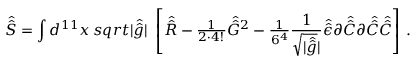
\hat { \hat { S } } = \int d ^ { 1 1 } x \, s q r t { | \hat { \hat { g } } | } \ \left[ \hat { \hat { R } } - { \textstyle \frac { 1 } { 2 \cdot 4 ! } } \hat { \hat { G } } { } ^ { 2 } - { \textstyle \frac { 1 } { 6 ^ { 4 } } } \frac { 1 } { \sqrt { | \hat { \hat { g } } } | } \hat { \hat { \epsilon } } \partial \hat { \hat { C } } \partial \hat { \hat { C } } \hat { \hat { C } } \right] \, .